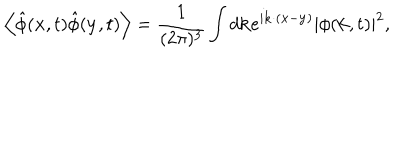
\left< \hat { \phi } ( { \bf x } , t ) \hat { \phi } ( { \bf y } , t ) \right> = \frac { 1 } { ( 2 \pi ) ^ { 3 } } \int d { \bf k } e ^ { i { \bf k } \cdot ( { \bf x } - { \bf y } ) } | \phi ( { \bf k } , t ) | ^ { 2 } ,